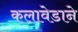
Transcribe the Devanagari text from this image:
कलावेडाने